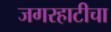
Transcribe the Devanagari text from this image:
जगरहाटीचा